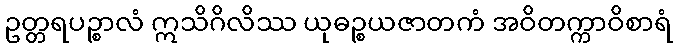
ဥတ္တရပဉ္စာလံ ဣသိဂိလိဿ ယုဓဉ္စယဇာတကံ အဝိတက္ကာဝိစာရံ